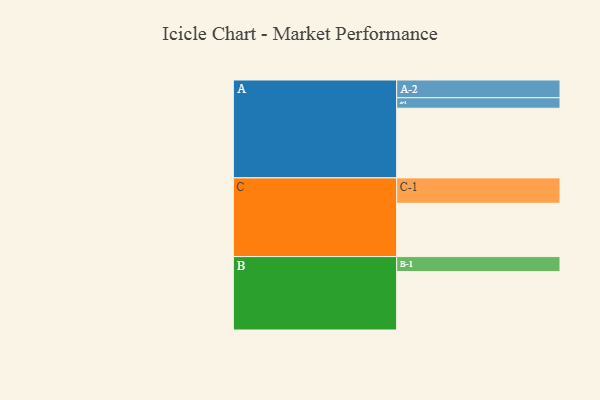
{"axis": {"x": "Segment", "y": "Value"}, "legend": ["", "A", "B", "C"], "data": [{"x": "A", "y": 538, "type": ""}, {"x": "B", "y": 451, "type": ""}, {"x": "C", "y": 412, "type": ""}, {"x": "A-1", "y": 81, "type": "A"}, {"x": "A-2", "y": 137, "type": "A"}, {"x": "B-1", "y": 116, "type": "B"}, {"x": "C-1", "y": 196, "type": "C"}]}